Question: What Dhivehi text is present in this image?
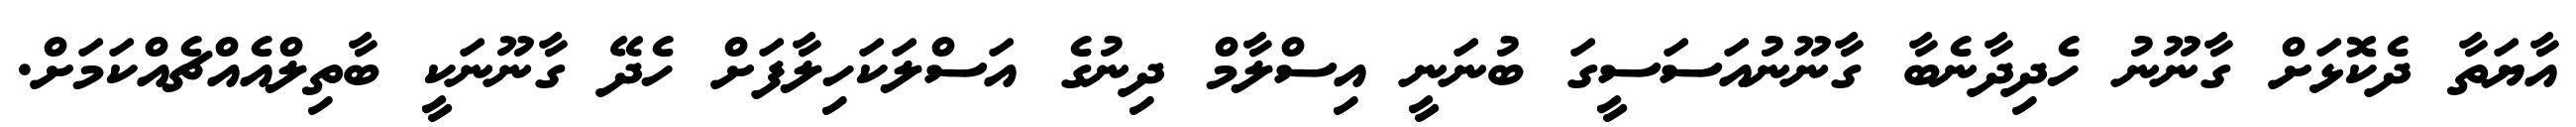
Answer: އާޔަތާ ދެކޮޅަށް ގާނޫނު ހެދިދާނެބާ ގާނޫނުއަސަސީގަ ބުނަނީ އިސްލާމް ދިނުގެ އަސްލަކަހިލާފަށް ހެދޭ ގާނޫނަކީ ބާތިލްއެއްޗެއްކަމަށް.